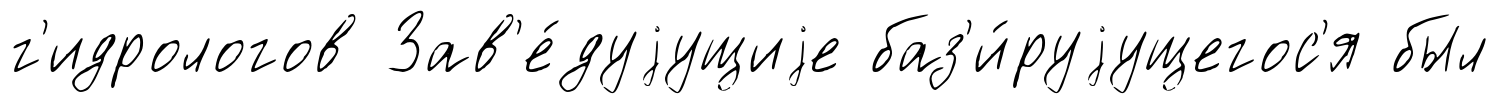
г'идрологов Зав'е́дуjущиjе баз'и́руjущегос'я был